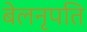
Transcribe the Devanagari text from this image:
बेलनृपति